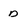
Character: D